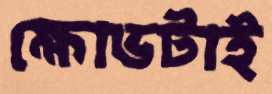
ক্ষোভটাই